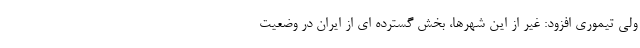
ولی تیموری افزود: غیر از این شهرها، بخش گسترده ای از ایران در وضعیت